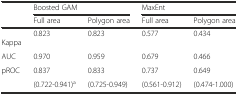
|  | <COLSPAN=2> Boosted GAM | <COLSPAN=2> MaxEnt |
 |  | Full area | Polygon area | Full area | Polygon area |
 | --- | --- | --- | --- | --- |
 | Kappa | 0.823 | 0.823 | 0.577 | 0.434 |
 | AUC | 0.970 | 0.959 | 0.679 | 0.466 |
 | <ROWSPAN=2> pROC | 0.837 | 0.833 | 0.737 | 0.649 |
 | (0.722-0.941)a | (0.725-0.949) | (0.561-0.912) | (0.474-1.000) |